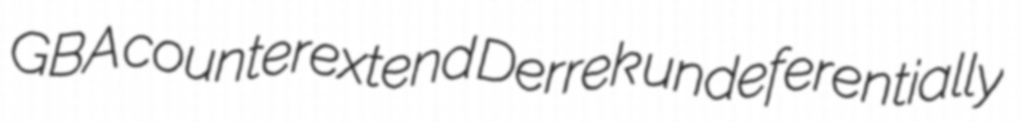
GBA counterextend Derrek undeferentially